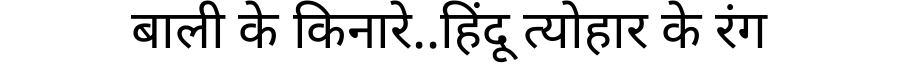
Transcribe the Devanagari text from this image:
बाली के किनारे..हिंदू त्योहार के रंग